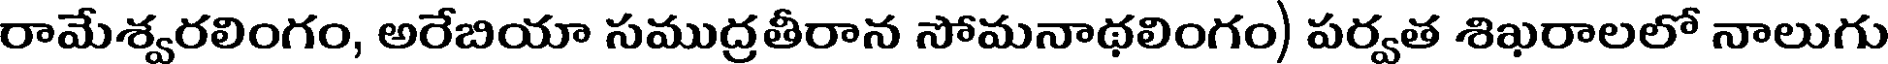
రామేశ్వరలింగం, అరేబియా సముద్రతీరాన సోమనాథలింగం) పర్వత శిఖరాలలో నాలుగు